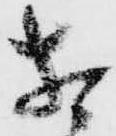
相